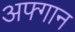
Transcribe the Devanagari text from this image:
अफ्गान